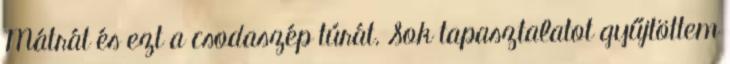
Mátrát és ezt a csodaszép túrát. Sok tapasztalatot gyűjtöttem